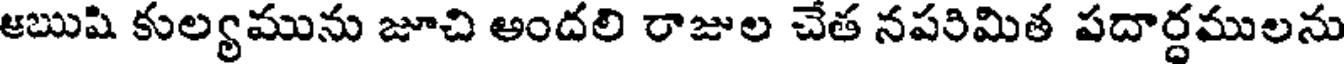
ఆఋషి కుల్యమును జూచి అందలి రాజుల చేత నపరిమిత పదార్ధములను